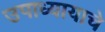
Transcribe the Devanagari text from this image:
उपाध्यायाचे